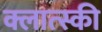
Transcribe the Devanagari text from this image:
क्लात्स्की